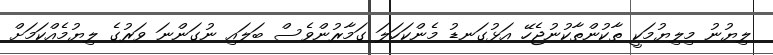
ލިޔުނު މިލިޔުމަކީ ތާކުންތާކުނުޖެހޭ އަޅުގަނޑު މެންކަހަލަ ގަމާރުންވެސް ބަލައި ނުގަންނަ ވަރުގެ ލިޔުމެއްކަމަށް